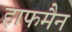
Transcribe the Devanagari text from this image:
हाफमैन